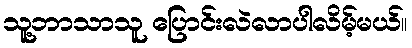
သူ့ဘာသာသူ ပြောင်းလဲလာပါလိမ့်မယ်။